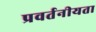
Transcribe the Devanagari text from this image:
प्रवर्तनीयता